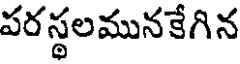
పరస్థలమునకేగిన